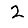
Digit: 2